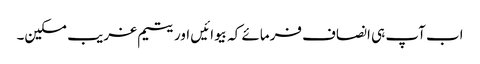
اب آپ ہی انصاف فرمائے کہ بیوائیں اور یتیم غریب مسکین۔